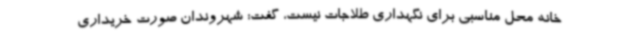
خانه محل مناسبی برای نگهداری طلاجات نیست، گفت: شهروندان صورت خریداری